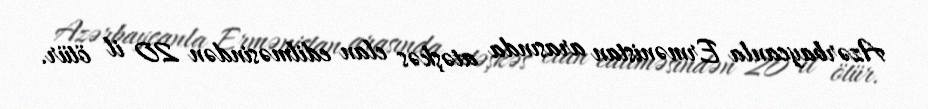
Azərbaycanla Ermənistan arasında atəşkəs elan edilməsindən 20 il ötür.